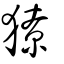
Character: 獠